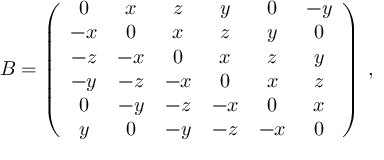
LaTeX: B = \left( \begin{array} { c c c c c c c c r } { { 0 } } & { { x } } & { { z } } & { { y } } & { { 0 } } & { { - y } } \\ { { - x } } & { { 0 } } & { { x } } & { { z } } & { { y } } & { { 0 } } \\ { { - z } } & { { - x } } & { { 0 } } & { { x } } & { { z } } & { { y } } \\ { { - y } } & { { - z } } & { { - x } } & { { 0 } } & { { x } } & { { z } } \\ { { 0 } } & { { - y } } & { { - z } } & { { - x } } & { { 0 } } & { { x } } \\ { { y } } & { { 0 } } & { { - y } } & { { - z } } & { { - x } } & { { 0 } } \end{array} \right) \; ,